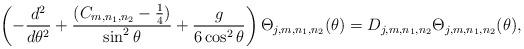
LaTeX: \begin{align*}\left( -\frac{d^{2}}{d\theta ^{2}}+\frac{(C_{m,n_1,n_2}-\frac{1}{4})}{\sin ^{2}\theta }+\frac{g}{6 \cos^2\theta} \right) \Theta_{j,m,n_1,n_2} (\theta )=D_{j,m,n_1,n_2} \Theta_{j,m,n_1,n_2} (\theta ), \end{align*}